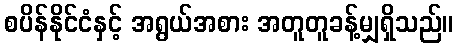
စပိန်နိုင်ငံနှင့် အရွယ်အစား အတူတူခန့်မျှရှိသည်။